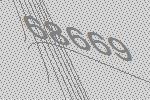
68669